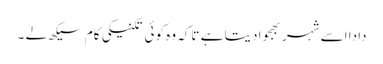
دادا اسے شہر بھجوا دیتا ہے تاکہ وہ کوئی تکنیکی کام سیکھ لے ۔